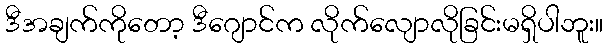
ဒီအချက်ကိုတော့ ဒီဂျောင်က လိုက်လျောလိုခြင်းမရှိပါဘူး။